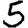
Digit: 5